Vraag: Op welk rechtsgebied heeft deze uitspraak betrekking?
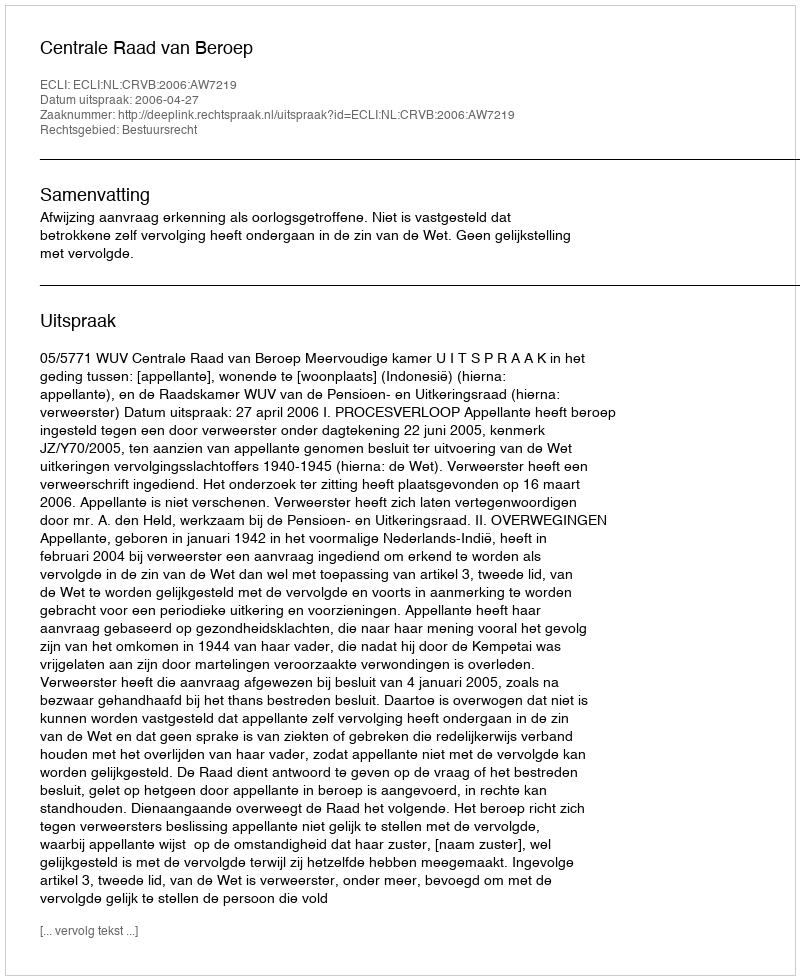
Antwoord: Bestuursrecht